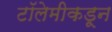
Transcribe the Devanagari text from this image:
टॉलेमीकडून